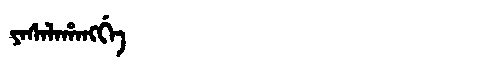
Manchu: ᠶᠠᠰᠠᠯᠠᡥᠠᠩᡤᡝ
Romanization: YASALAHANGGE